Report of the Municipal Commissioner on the plague in Bombay for the year ending 31st May... - Volume 2
Disease focus: Plague
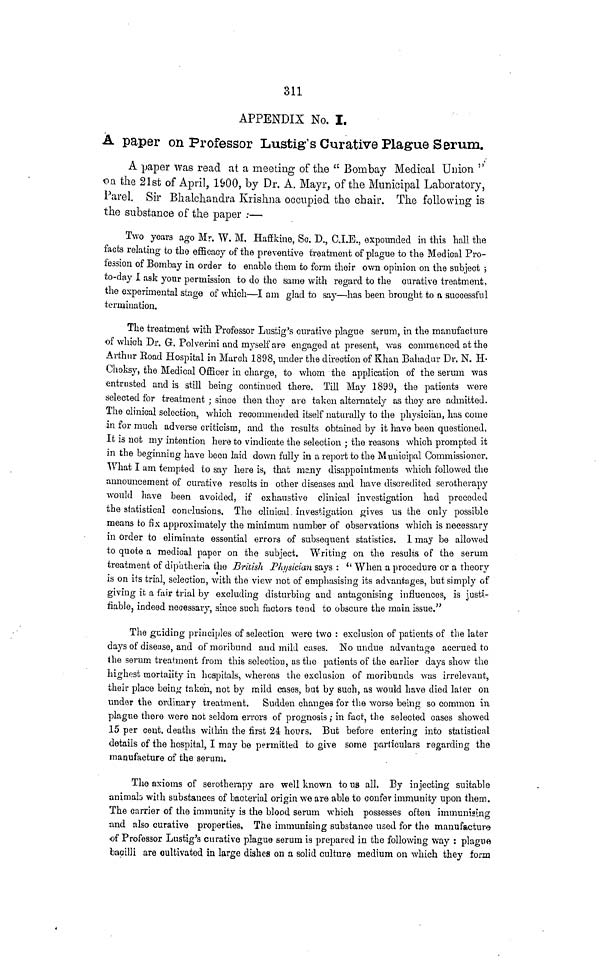
311
APPENDIX No. I.
A paper on Professor Lustig's Curative Plague Serum.
A paper was read at a meeting of the " Bombay Medical Union "
oa the 21st of April, 1900, by Dr. A. Mayr, of the Municipal Laboratory,
Parel. Sir Bhalchandra Krishna occupied the chair. The following is
the substance of the paper :—
Two years ago Mr. W. M. Haffkine, So. D., C.I.E., expounded in this hall the
facts relating to the efficacy of the preventive treatment of plague to the Medical Pro-
fession of Bombay in order to enable them to form their own opinion on the subject ;
to-day I ask your permission to do the same with regard to the curative treatment,
the experimental stage of which—I am glad to say—has been brought to a, successful
termination.
The treatment with Professor Lustig's curative plague serum, in the manufacture
of which Dr. G. Polverini and myself are engaged at present, was commenced at the
Arthur Eoad Hospital in March 1898, under the direction of Khan Bahadur Dr. N. H-
Choksy, the Medical Officer in charge, to whom the application of the serum was
entrusted and is still being continued there. Till May 1899, the patients were
selected for treatment ; since then they are taken alternately as they are admitted.
The clinical selection, which recommended itself naturally to the physician, has come
in for much adverse criticism, and the results obtained by it have been questioned.
It is not my intention here to vindicate the selection ; the reasons which prompted it
in the beginning have been laid down fully in a report to the Municipal Commissioner.
What I am tempted to say here is, that many disappointments which followed the
announcement of curative results in other diseases and have discredited serotherapy
would have been avoided, if exhaustive clinical investigation had preceded
the statistical conclusions. The clinical, investigation gives us the only possible
means to fix approximately the minimum number of observations which is necessary
in order to eliminate essential errors of subsequent statistics. 1 may be allowed
to quote a medical paper on the subject. Writing on the results of the serum
treatment of diphtheria the British Physician says : ll When a procedure or a theory
is on its trial, selection, with the view not of emphasising its advantages, but simply of
giving it a fair trial by excluding disturbing and antagonising influences, is justi-
fiable, indeed necessary, since such factors tend to obscure the main issue."
The guiding principles of selection were two : exclusion of patients of the later
days of disease, and of moribund and mild cases. No undue advantage accrued to
the serum treatment from this selection, as the patients of the earlier days show the
highest mortality in hospitals, whereas the exclusion of moribunds was irrelevant,
their place being taken, not by mild cases, but by such, as would have died later on
under the ordinary treatment. Sudden changes for the worse being so common in
plague there were not seldom errors of prognosis,- in fact, the selected cases showed
15 per cent, deaths within the first 24 hours. But before entering into statistical
details of the hospital, I may be permitted to give some particulars regarding the
manufacture of the serum.
The axioms of serotherapy are well known to us all. By injecting suitable
animab with substances of bacterial origin we are able to confer immunity upon them.
The carrier of the immunity is the blood serum which possesses often immunising
and also curative properties, The immunising substance used for the manufacture
of Professor Lustig's curative plague serum is prepared in the following way : plague
bacilli are cultivated in large dishes on a solid culture medium on which they form